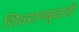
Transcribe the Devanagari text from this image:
शिवरामबुवाही